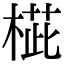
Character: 𣖨